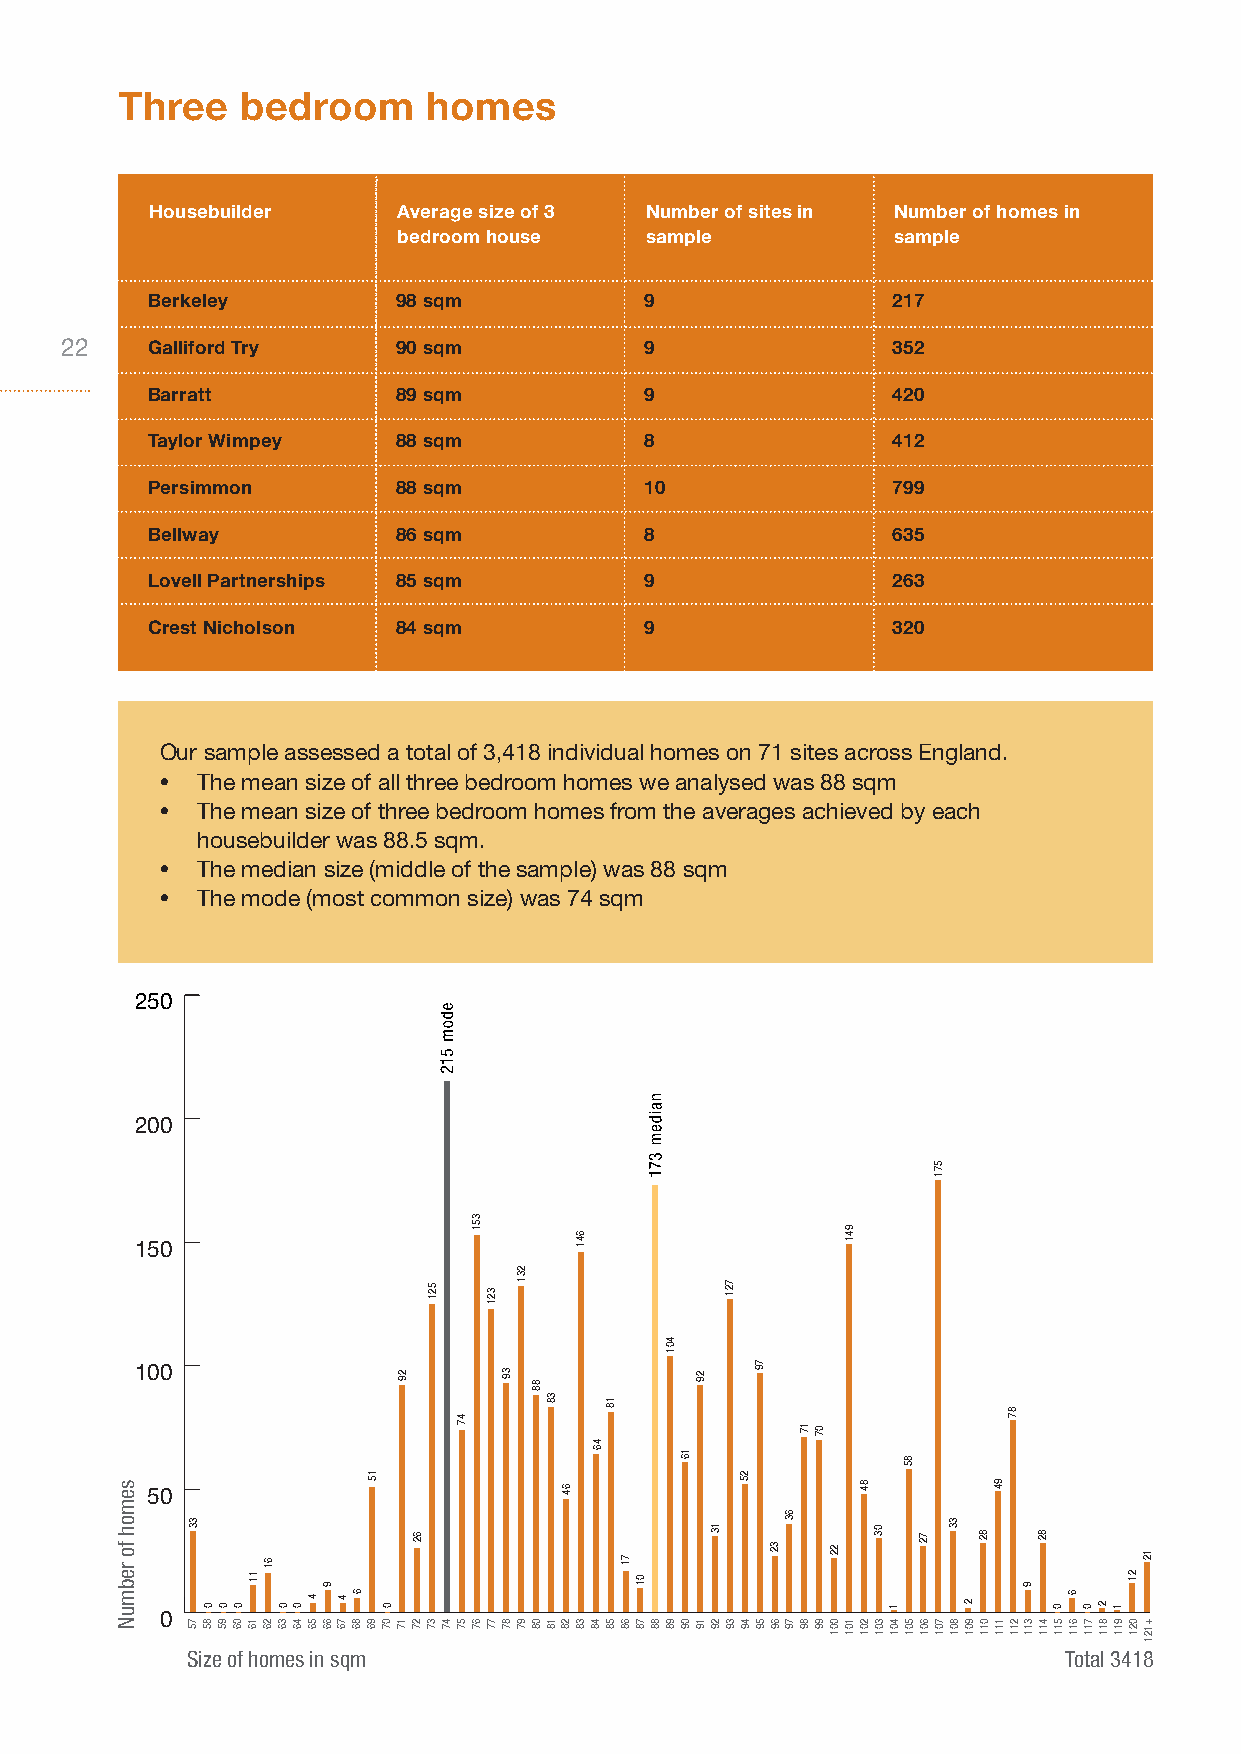
Three   bedroom     homes
 Housebuilder    Average size of 3 Number of sites in Number of homes in
 bedroom house    sample          sample
 Berkeley        98 sqm           9               217
 22    Galliford Try   90 sqm           9               352
 Barratt         89 sqm           9               420
 Taylor Wimpey   88 sqm           8               412
 Persimmon       88 sqm           10              799
 Bellway         86 sqm           8               635
 Lovell Partnerships 85 sqm       9               263
 Crest Nicholson 84 sqm           9               320
 Our sample assessed a total of 3,418 individual homes on 71 sites across England.
 • The mean size of all three bedroom homes we analysed was 88 sqm
 • The mean size of three bedroom homes from the averages achieved by each
 housebuilder was 88.5 sqm.
 • The median size (middle of the sample) was 88 sqm
 • The mode (most common size) was 74 sqm
 250
 200
 150
 100
 50
 0
 Size of homes in sqm                                      Total 3418
 semoh
 fo rebmuN
 33
 75
 0
 85
 0
 95
 0
 06
 11
 16
 61
 26
 0
 36
 0
 46
 4
 56
 9
 66
 4
 76
 6
 86
 15
 96
 0
 07
 29
 17
 62
 27
 521
 37 47
 47
 57
 351
 67
 321
 77
 39
 87
 231
 97
 88
 08
 38
 18
 64
 28
 641
 38
 46
 48
 18
 58
 71
 68
 01
 78 88
 401
 98
 16
 09
 29
 19
 13
 29
 721
 39
 25
 49
 79
 59
 32
 69
 63
 79
 17
 89
 07
 99
 22
 001
 941
 101
 84
 201
 03
 301
 1
 401
 85
 501
 72
 601
 571
 701
 33
 801
 2
 901
 82
 011
 94
 111
 87
 211
 9
 311
 82
 411
 0
 511
 6
 611
 0
 711
 2
 811
 1
 911
 21
 021
 12
 +121